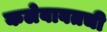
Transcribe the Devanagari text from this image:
कलेबाबतची